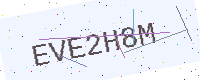
Text: EVE2H8M